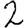
Digit: 2